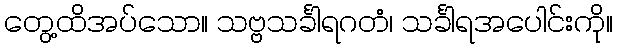
တွေ့ထိအပ်သော။ သဗ္ဗသင်္ခါရဂတံ၊ သင်္ခါရအပေါင်းကို။